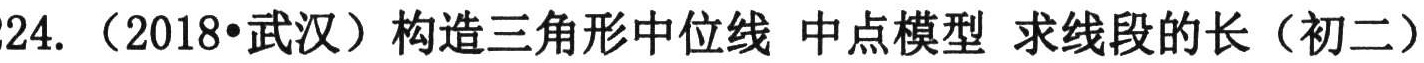
24.（2018•武汉）构造三角形中位线 中点模型 求线段的长（初二）